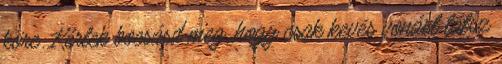
köre. Kérlek bocsásd meg, hogy csak kevés vonást látsz